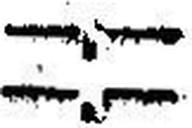
—.—